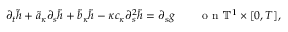
\partial _ { t } \tilde { h } + \tilde { a } _ { \kappa } \partial _ { s } \tilde { h } + \tilde { b } _ { \kappa } \tilde { h } - \kappa c _ { \kappa } \partial _ { s } ^ { 2 } \tilde { h } = \partial _ { s } g \qquad \mathrm { ~ o ~ n ~ } \ensuremath { \mathbb { T } } ^ { 1 } \times [ 0 , T ] ,